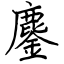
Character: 鏖